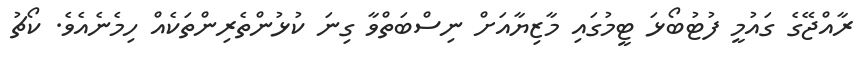
ރާއްޖޭގެ ގައުމީ ފުޓުބޯޅަ ޓީމުގައި މާޒިޔާއަށް ނިސްބަތްވާ ގިނަ ކުޅުންތެރިންތަކެއް ހިމެނެއެވެ. ކޯޗު